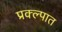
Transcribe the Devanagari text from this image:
प्रक्ल्पात